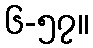
၆-၅၇။